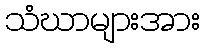
သံဃာများအား